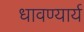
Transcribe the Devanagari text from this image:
धावण्यार्य